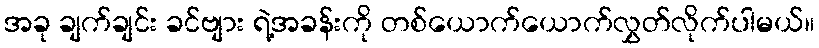
အခု ချက်ချင်း ခင်ဗျား ရဲ့အခန်းကို တစ်ယောက်ယောက်လွှတ်လိုက်ပါမယ်။